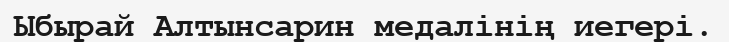
Ыбырай Алтынсарин медалінің иегері.